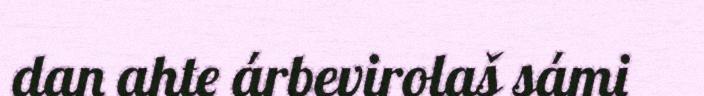
dan ahte árbevirolaš sámi